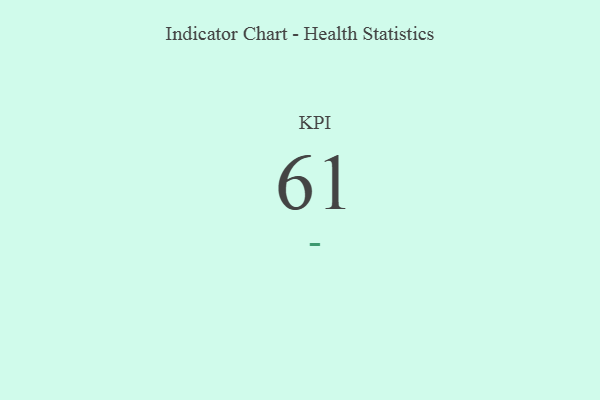
{"axis": {"x": "KPI", "y": "Value"}, "legend": [""], "data": [{"x": "KPI", "y": 61, "type": ""}]}